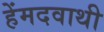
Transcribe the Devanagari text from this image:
हेंमदवाथी